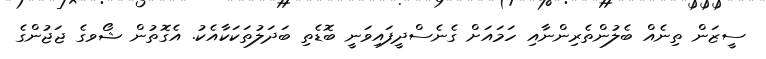
ސީޒަން ތިނެއް ބެލުންތެރިންނާއި ހަމައަށް ގެނެސްދީފައިވަނީ ބޮޑެތި ބަދަލުތަކަކާއެކު. އެގޮތުން ޝޯވގެ ޖަޖުންގެ